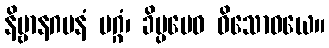
နိဗ္ဗာနဂမနံ မဂ္ဂံ၊ ခိပ္ပမေဝ ဝိသောဓယေ။